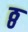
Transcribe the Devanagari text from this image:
ठ्ठ